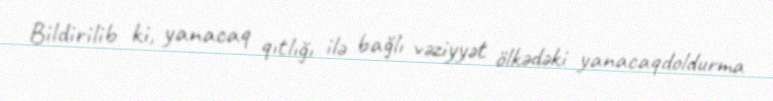
Bildirilib ki, yanacaq qıtlığı ilə bağlı vəziyyət ölkədəki yanacaqdoldurma